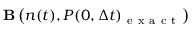
{ \bf B } \left( n ( t ) , P ( 0 , \Delta t ) _ { \mathrm { ~ e ~ x ~ a ~ c ~ t ~ } } \right)